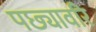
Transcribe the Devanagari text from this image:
पछ्यावरि